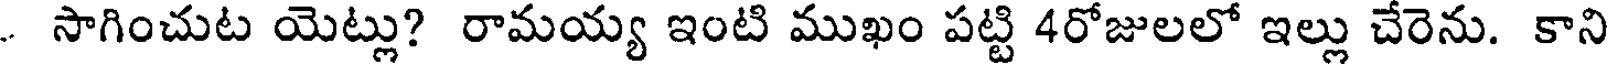
. సాగించుట యెట్లు? రామయ్య ఇంటి ముఖం పట్టి 4రోజులలో ఇల్లు చేరెను. కాని